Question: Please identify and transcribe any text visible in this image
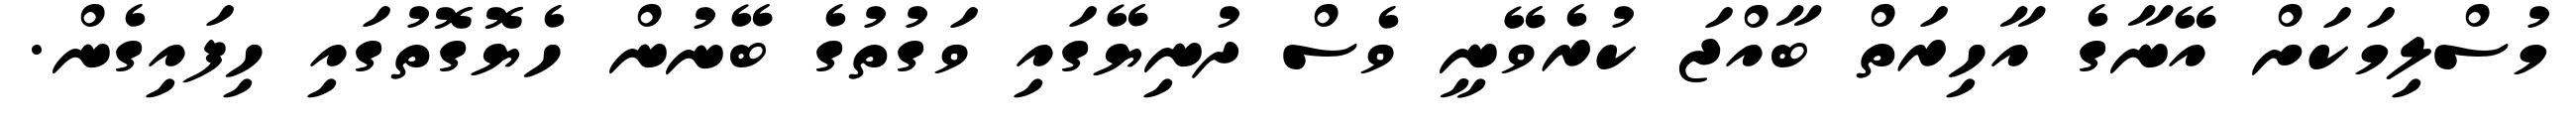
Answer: މުސްލިމަކަށް އޭނާގެ އާހިރަތް ބާއްޖަ ކުރެވޭނީ ވެސް ދުނިޔޭގައި ވަގުތުގެ ބޭނުން ހެޔޮގޮތުގައި ހިފައިގެން.